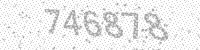
Solution: 746878